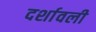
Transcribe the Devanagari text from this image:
दर्शावली